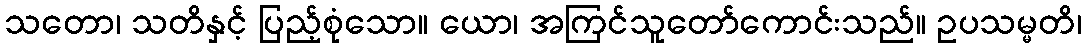
သတော၊ သတိနှင့် ပြည့်စုံသော။ ယော၊ အကြင်သူတော်ကောင်းသည်။ ဥပသမ္မတိ၊